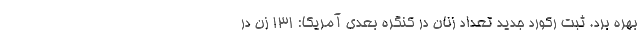
بهره برد. ثبت رکورد جدید تعداد زنان در کنگره بعدی آمریکا: 131 زن در